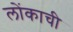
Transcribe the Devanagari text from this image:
लोंकाची